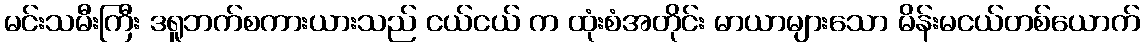
မင်းသမီးကြီး ဒရူဘက်စကားယားသည် ငယ်ငယ် က ထုံးစံအတိုင်း မာယာများသော မိန်းမငယ်တစ်ယောက်